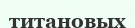
титановых